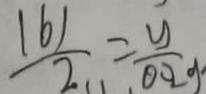
\frac { 1 6 1 } { 2 } = \frac { y } { 0 . 2 } g